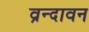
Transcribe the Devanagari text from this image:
व्रन्दावन